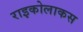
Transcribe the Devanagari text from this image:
राइकोलाकस